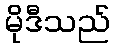
မိုဒီသည်